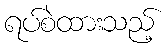
ရပ်စဲထားသည့်